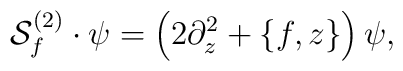
{\cal S}^{(2)}_f\cdot\psi=\left(2\partial^2_z+\{f,z\}\right)\psi,